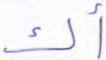
أك